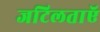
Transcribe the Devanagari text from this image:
जटिलताएॅ